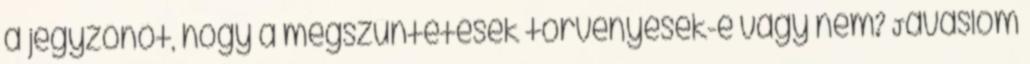
a jegyzőnőt, hogy a megszűntetések törvényesek-e vagy nem? Javaslom